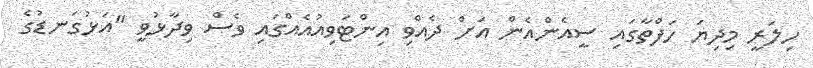
ހިލަރީ މިދިޔަ ހަފްތާގައި ސީއެންއެން އަށް ދެއްވި އިންޓަވިއުއެއްގައި ވެސް ވިދާޅުވީ "އަޅުގަނޑުގެ